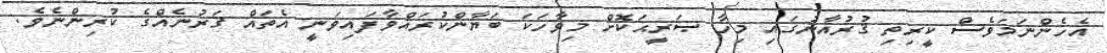
އެހެންނަމަވެސް ކީރިތި ޤުރުއާނުގައި މިހާ ޞަރީޙަކޮށް މިވާހަކަ ބަޔާންކުރައްވާފައިވަނީ އެތައް ޤަރުނެއްގެ ކުރިންނެވެ.